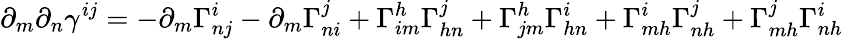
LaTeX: \partial_{m}\partial_{n}\gamma^{ij}=-\partial_{m}\Gamma_{nj}^{i}-\partial_{m}\Gamma_{ni}^{j}+\Gamma_{im}^{h}\Gamma_{hn}^{j}+\Gamma_{jm}^{h}\Gamma_{hn}^{i}+\Gamma_{mh}^{i}\Gamma_{nh}^{j}+\Gamma_{mh}^{j}\Gamma_{nh}^{i}